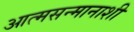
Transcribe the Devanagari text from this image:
आत्मसन्मानाशी